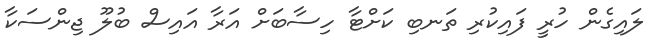
ލައިގެން ހުރީ ފައިކުރި ތަނބި ކަށްޓާ ހިސާބަށް އަރާ އައިސް ބުލޫ ޖިންސަކާ